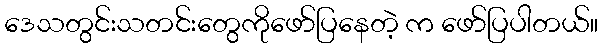
ဒေသတွင်းသတင်းတွေကိုဖော်ပြနေတဲ့ က ဖော်ပြပါတယ်။